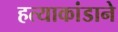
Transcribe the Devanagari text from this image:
हत्याकांडाने